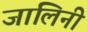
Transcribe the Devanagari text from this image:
जालिनी